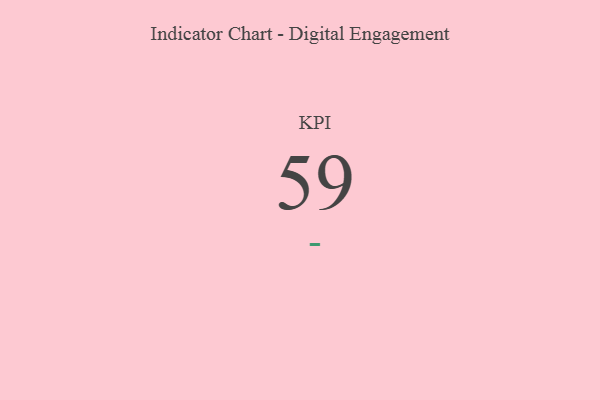
{"axis": {"x": "KPI", "y": "Value"}, "legend": [""], "data": [{"x": "KPI", "y": 59, "type": ""}]}